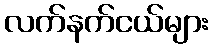
လက်နက်ငယ်များ